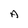
Character: A